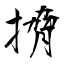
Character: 搚